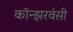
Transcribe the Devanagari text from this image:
कॉन्झरवंसी